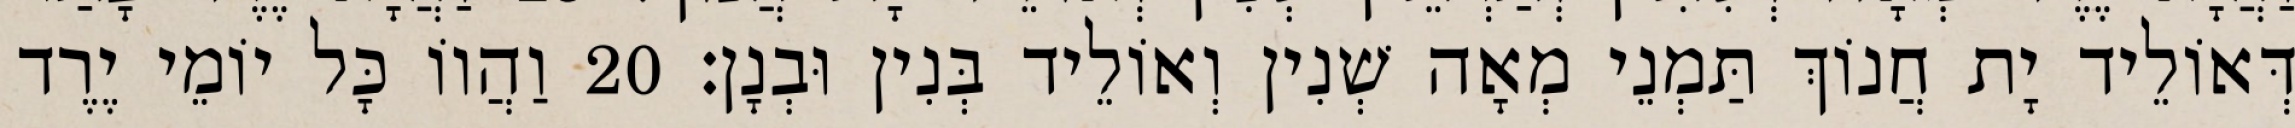
דְּאוֹלֵיד יָת חֲנוֹךְ תַּמְנֵי מְאָה שְׁנִין וְאוֹלֵיד בְּנִין וּבְנָן׃ 20 וַהֲווֹ כָּל יוֹמֵי יֶרֶד